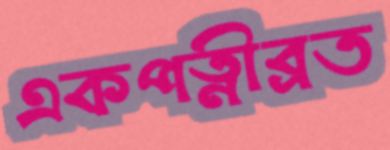
একপত্নীব্রত